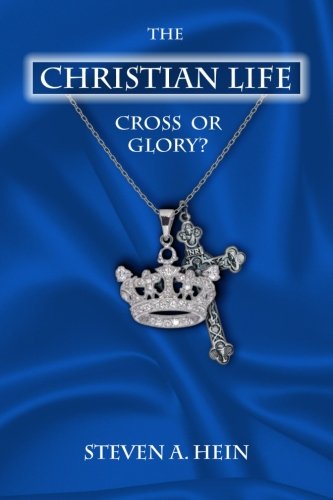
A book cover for The Christian Life: Cross or Glory?; Steven A Hein; Christian Books & Bibles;